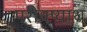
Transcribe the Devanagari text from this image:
परीक्ष्याथ